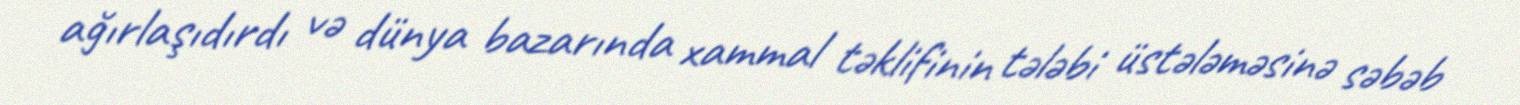
ağırlaşıdırdı və dünya bazarında xammal təklifinin tələbi üstələməsinə səbəb